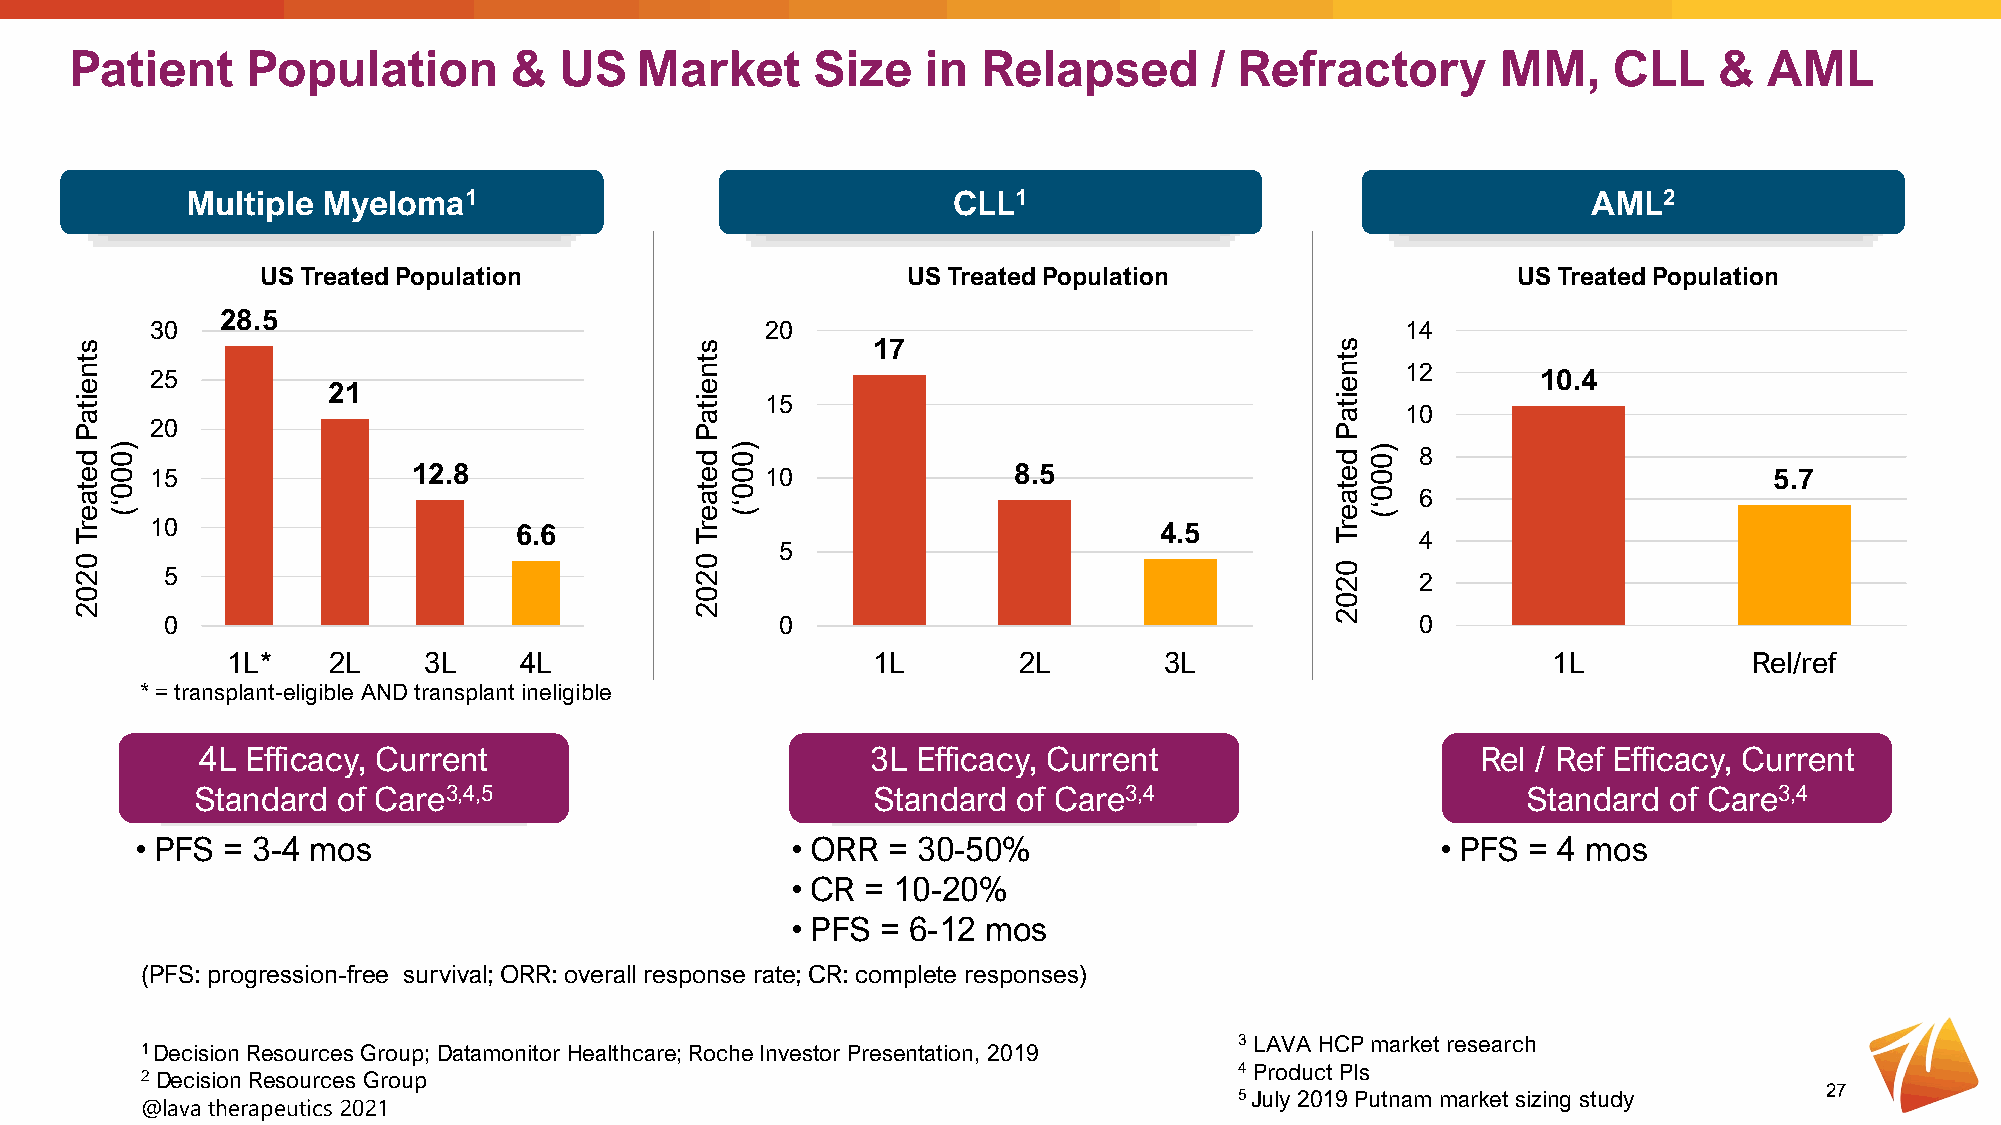
Patient    Population        &  US   Market      Size   in  Relapsed       / Refractory       MM,     CLL    &  AML
 Multiple Myeloma1                                  CLL1                                      AML2
 US Treated Population                      US Treated Population                   US Treated Population
 28.5
 30                                       20                                        14
 17
 12
 25                                                                                          10.4
 21
 15
 10
 20
 8
 15               12.8                    10              8.5                                               5.7
 6
 10                      6.6                                        4.5
 4
 5
 5
 2
 0                                        0                                         0
 1L*    2L    3L    4L                      1L       2L        3L                        1L           Rel/ref
 * = transplant-eligible AND transplant ineligible
 4L Efficacy, Current                         3L Efficacy, Current                    Rel / Ref Efficacy, Current
 Standard of Care3,4,5                        Standard of Care3,4                        Standard of Care3,4
 • PFS = 3-4 mos                            • ORR  = 30-50%                            • PFS = 4 mos
 • CR = 10-20%
 • PFS = 6-12 mos
 (PFS: progression-free survival; ORR: overall response rate; CR: complete responses)
 3 LAVA HCP market research
 1 Decision Resources Group; Datamonitor Healthcare; Roche Investor Presentation, 2019
 4 Product PIs
 2 Decision Resources Group
 5 July 2019 Putnam market sizing study 27
 @lava therapeutics 2021
 stneitaP
 detaerT
 0202
 )000‘(
 stneitaP
 detaerT
 0202
 )000‘(
 stneitaP
 detaerT
 0202
 )000‘(